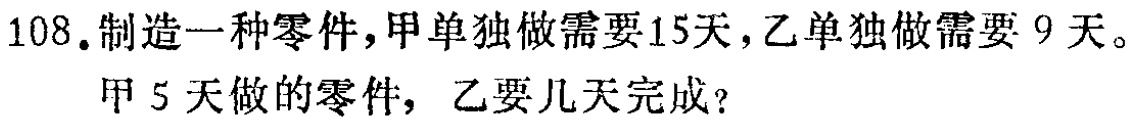
108.制造一种零件，甲单独做需要15天，乙单独做需要 9天。

甲5天做的零件，乙要几天完成？